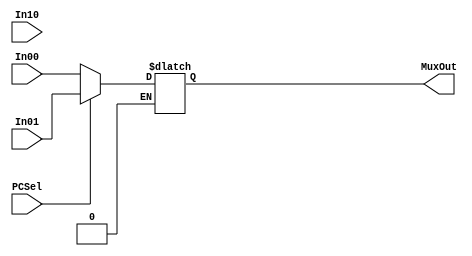
`timescale 1ns / 1ps

module PCSelMux(
    input PCSel,
    input [31:0] In00,
    input [31:0] In01,
    input [31:0] In10,
    output reg [31:0] MuxOut
    );
    
    always@(PCSel or In00 or In01 or In10)begin
        if(PCSel == 2'b00)begin
            MuxOut <= In00;
        end
    
        else if(PCSel == 2'b01)begin
            MuxOut <= In01;
        end

        else if(PCSel == 2'b10)begin
            MuxOut <= In10;
        end
    end
    
endmodule